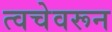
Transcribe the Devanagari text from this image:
त्वचेवरून